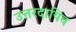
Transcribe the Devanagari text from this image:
उत्तरदायिव